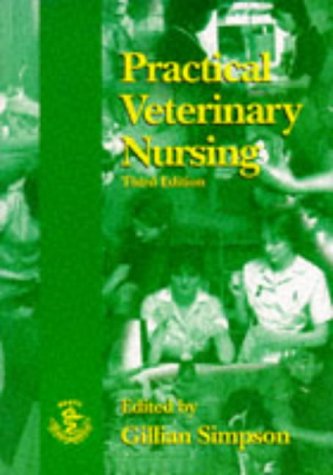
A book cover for Practical Veterinary Nursing (BSAVA British Small Animal Veterinary Association); Medical Books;